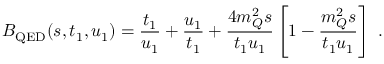
B _ { \mathrm { Q E D } } ( s , t _ { 1 } , u _ { 1 } ) = \frac { t _ { 1 } } { u _ { 1 } } + \frac { u _ { 1 } } { t _ { 1 } } + \frac { 4 m _ { Q } ^ { 2 } s } { t _ { 1 } u _ { 1 } } \left[ 1 - \frac { m _ { Q } ^ { 2 } s } { t _ { 1 } u _ { 1 } } \right] \, \, .